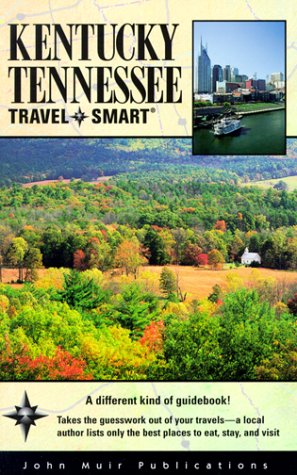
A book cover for Kentucky/Tennessee (Travel-Smart Kentucky/Tennessee); Susan Williams Knowles; Travel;